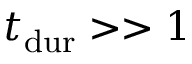
\ensuremath { t _ { \mathrm { d u r } } } > > 1